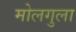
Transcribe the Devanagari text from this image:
मोलगुला